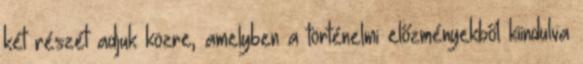
két részét adjuk közre, amelyben a történelmi előzményekből kiindulva